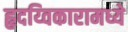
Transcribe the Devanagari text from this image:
हृदय्विकारामध्ये